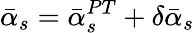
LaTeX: \bar{\alpha}_{s}=\bar{\alpha}_{s}^{PT}+\delta\bar{\alpha}_{s}